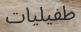
طفيليات